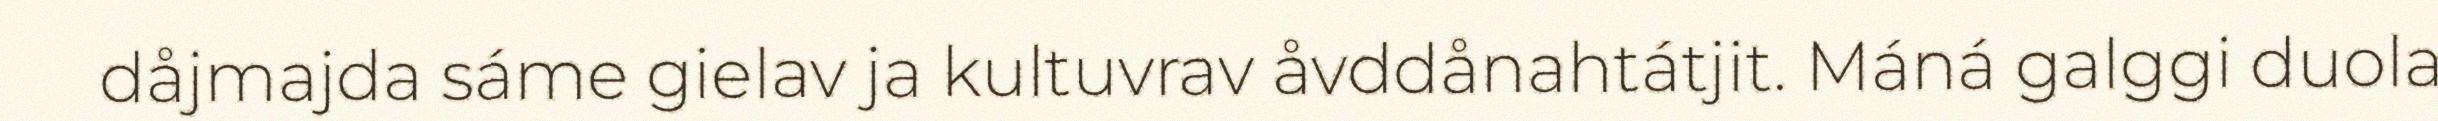
dåjmajda sáme gielav ja kultuvrav åvddånahtátjit. Máná galggi duola